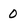
Character: 0